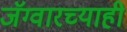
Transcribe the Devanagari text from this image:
जॅग्वारच्याही